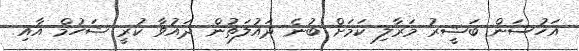
އަހުސަން ބަޝީރު މަރާލި ކަމަށް ބުނެ ދައުލަތުން ދައުވާ ކުރީ ޝަހުމް އާއި